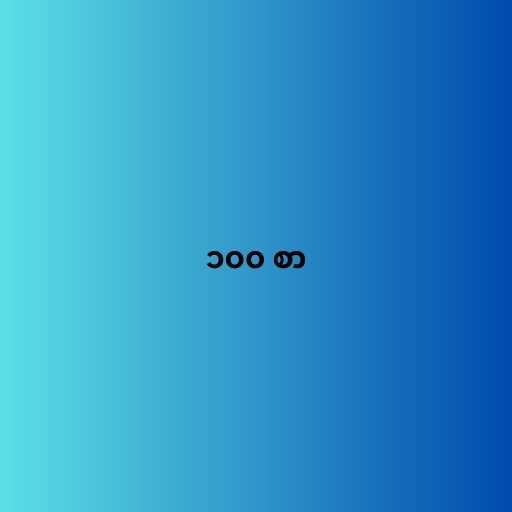
၁၀၀ စာ